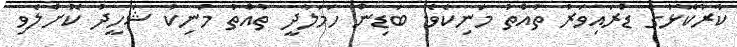
ކާރުކޮޅުގެ ޑްރައިވަރު ތުއްތު މަނިކެވެ. ބަޑިން ހަަމަލާދީ ތުއްތު މަނިކު ޝަހީދު ކޮށްލެވި